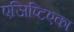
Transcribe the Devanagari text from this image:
एजिप्टिएका